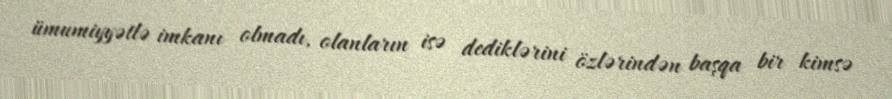
ümumiyyətlə imkanı olmadı, olanların isə dediklərini özlərindən başqa bir kimsə